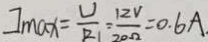
I _ { \max } = \frac { U } { R _ { 1 } } = \frac { 1 2 V } { 2 0 \Omega } = 0 . 6 A